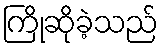
ကြိုဆိုခဲ့သည်